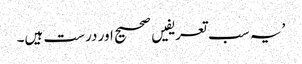
’ یہ سب تعریفیں صحیح اور درست ہیں۔